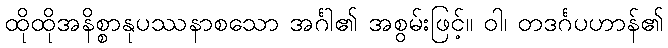
ထိုထိုအနိစ္စာနုပဿနာစသော အင်္ဂါ၏ အစွမ်းဖြင့်။ ဝါ၊ တဒင်္ဂပဟာန်၏